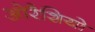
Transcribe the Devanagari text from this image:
ओरैशियो